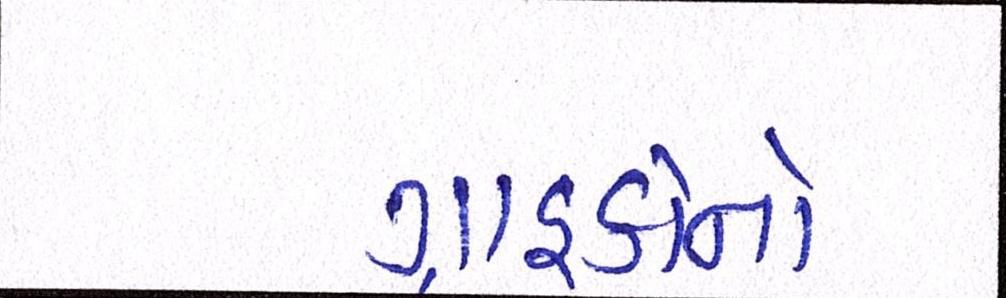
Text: ગ્રાહકોનો